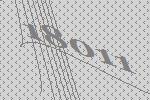
18011